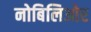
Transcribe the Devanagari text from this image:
नोबिलिओर